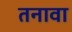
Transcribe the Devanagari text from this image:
तनावा